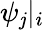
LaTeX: \psi_{\mathit{j}}|_{i}